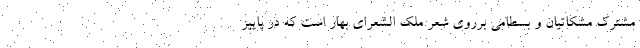
مشترک مشکاتیان و بسطامی برروی شعر ملک الشعرای بهار است که در پاییز